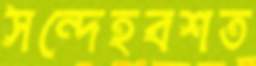
সন্দেহবশত